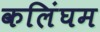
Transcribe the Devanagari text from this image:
कलिंघम